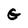
Character: G